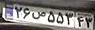
۲۶ص۵۵۳۴۳